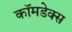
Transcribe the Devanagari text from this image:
कॉमडेक्स